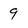
Character: 9